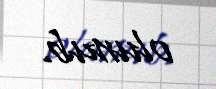
olunub.